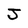
Character: J